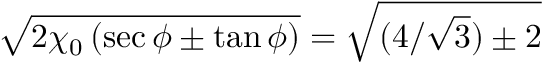
\sqrt { 2 \chi _ { 0 } \, ( \sec \phi \pm \tan \phi ) } = \sqrt { ( 4 / \sqrt { 3 } ) \pm 2 }